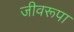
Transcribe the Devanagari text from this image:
जीवरूपा